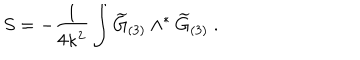
LaTeX: S = - { \frac { 1 } { 4 \kappa ^ { 2 } } } \int { \widetilde G } _ { ( 3 ) } \wedge ^ { * } { \widetilde G } _ { ( 3 ) } \ .